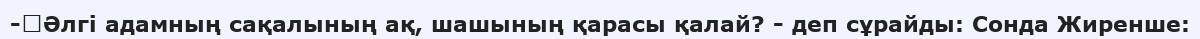
-	Әлгі адамның сақалының ақ, шашының қарасы қалай? - деп сұрайды: Сонда Жиренше: